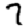
Digit: 7